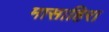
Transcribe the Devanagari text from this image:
मासाहिरा